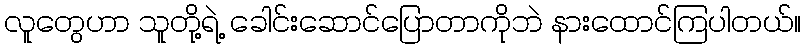
လူတွေဟာ သူတို့ရဲ့ ခေါင်းဆောင်ပြောတာကိုဘဲ နားထောင်ကြပါတယ်။